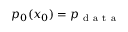
p _ { 0 } ( x _ { 0 } ) = p _ { \mathrm { ~ d ~ a ~ t ~ a ~ } }